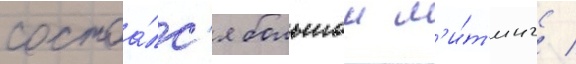
состоа́лс'я большои м'и́т'инг /